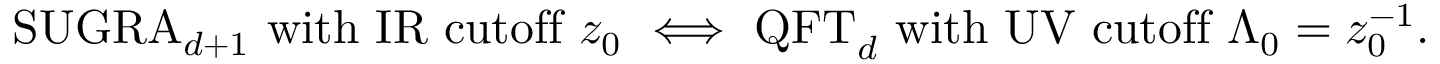
\mathrm { S U G R A } _ { d + 1 } ~ \mathrm { w i t h ~ I R ~ c u t o f f } ~ z _ { 0 } ~ \Longleftrightarrow ~ \mathrm { Q F T } _ { d } ~ \mathrm { w i t h ~ U V ~ c u t o f f } ~ \Lambda _ { 0 } = z _ { 0 } ^ { - 1 } .